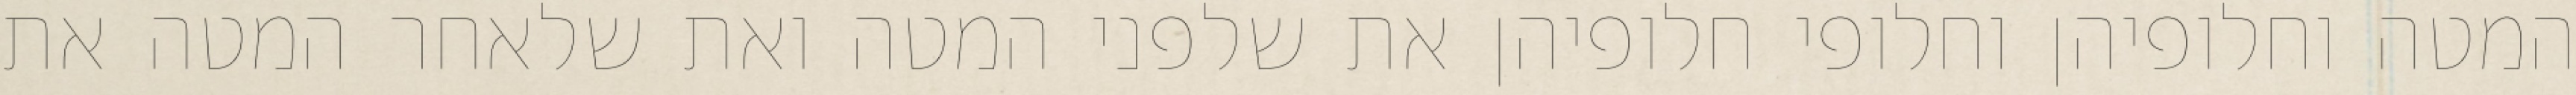
המטה וחלופיהן וחלופי חלופיהן את שלפני המטה ואת שלאחר המטה את